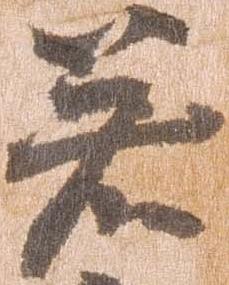
若